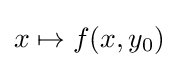
x\mapsto f(x,y_{0})